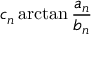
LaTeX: c _ { n } \arctan { \frac { a _ { n } } { b _ { n } } }